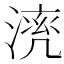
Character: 𣼠